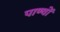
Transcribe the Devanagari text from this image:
पाण्वों